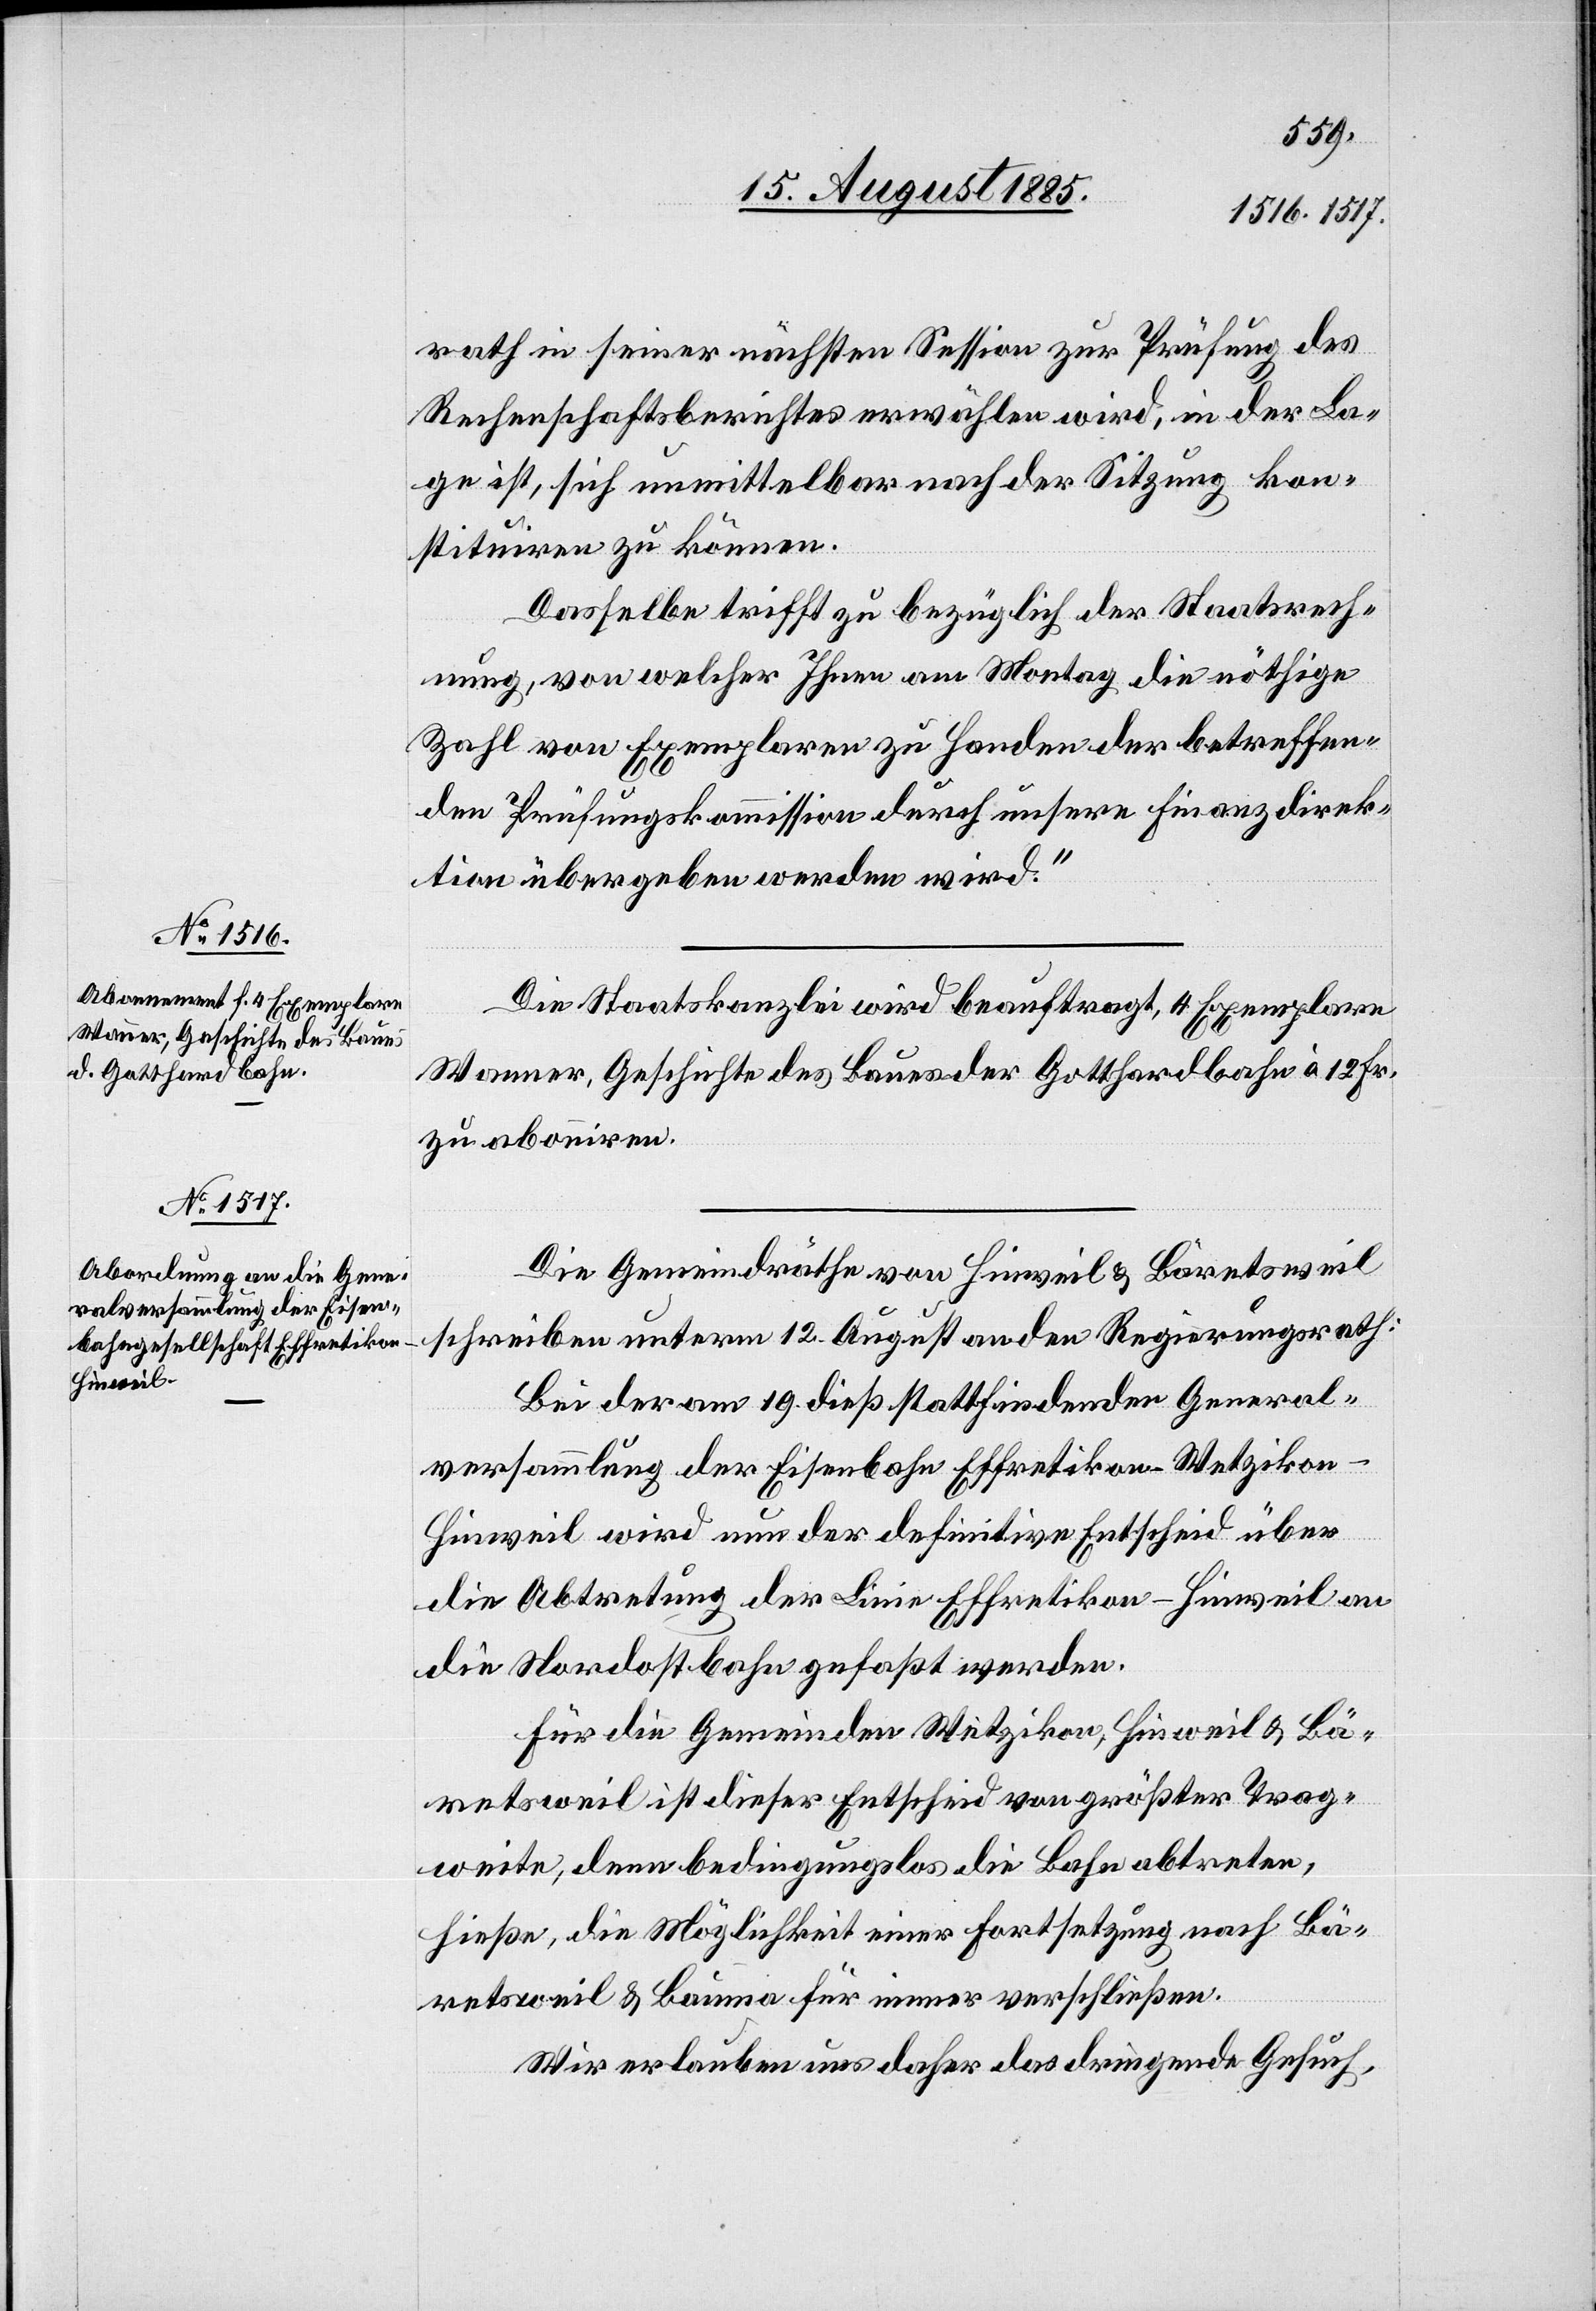
rath in seiner nächsten Session zur Prüfung des
Rechenschaftsberichtes erwählen wird, in der La¬
ge ist, sich unmittelbar nach der Sitzung kon¬
stituiren zu können.
Dasselbe trifft zu bezüglich der Staatsrech¬
nung, von welcher Ihnen am Montag die nöthige
Zahl von Exemplaren zu Handen der betreffen¬
den Prüfungskommission durch unsere Finanzdirek¬
tion übergeben werden wird.“
Die Staatskanzlei wird beauftrag, 4 Exemplare
Wanner, Geschichte des Baues der Gotthardbahn à 12 Fr.
zu abonniren.
Die Gemeindräthe von Hinweil & Bäretsweil
schreiben unterm 12. August an den Regierungsrath:
Bei der am 19. dieß stattfindenden General¬
versammlung der Eisenbahn Effretikon–Wetziko¬
n–Hinweil wird nun der definitive Entscheid über
die Abtretung der Linie Effretikon–Hinweil an
die Nordostbahn gefaßt werden.
Für die Gemeinden Wetzikon, Hinweil & Bä¬
retsweil ist dieser Entscheid von größter Trag¬
weite, denn bedingungslos die Bahn abtreten,
hieße, die Möglichkeit einer Fortsetzung nach Bä¬
retsweil & Bauma für immer verschließen.
Wir erlauben uns daher das dringende Gesuch,